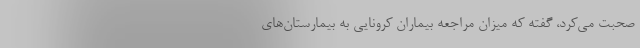
صحبت می‌کرد، گفته که میزان مراجعه بیماران کرونایی به بیمارستان‌های